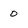
Character: 0